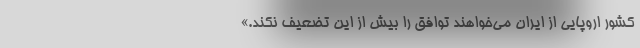
کشور اروپایی از ایران می‌خواهند توافق را بیش از این تضعیف نکند.»